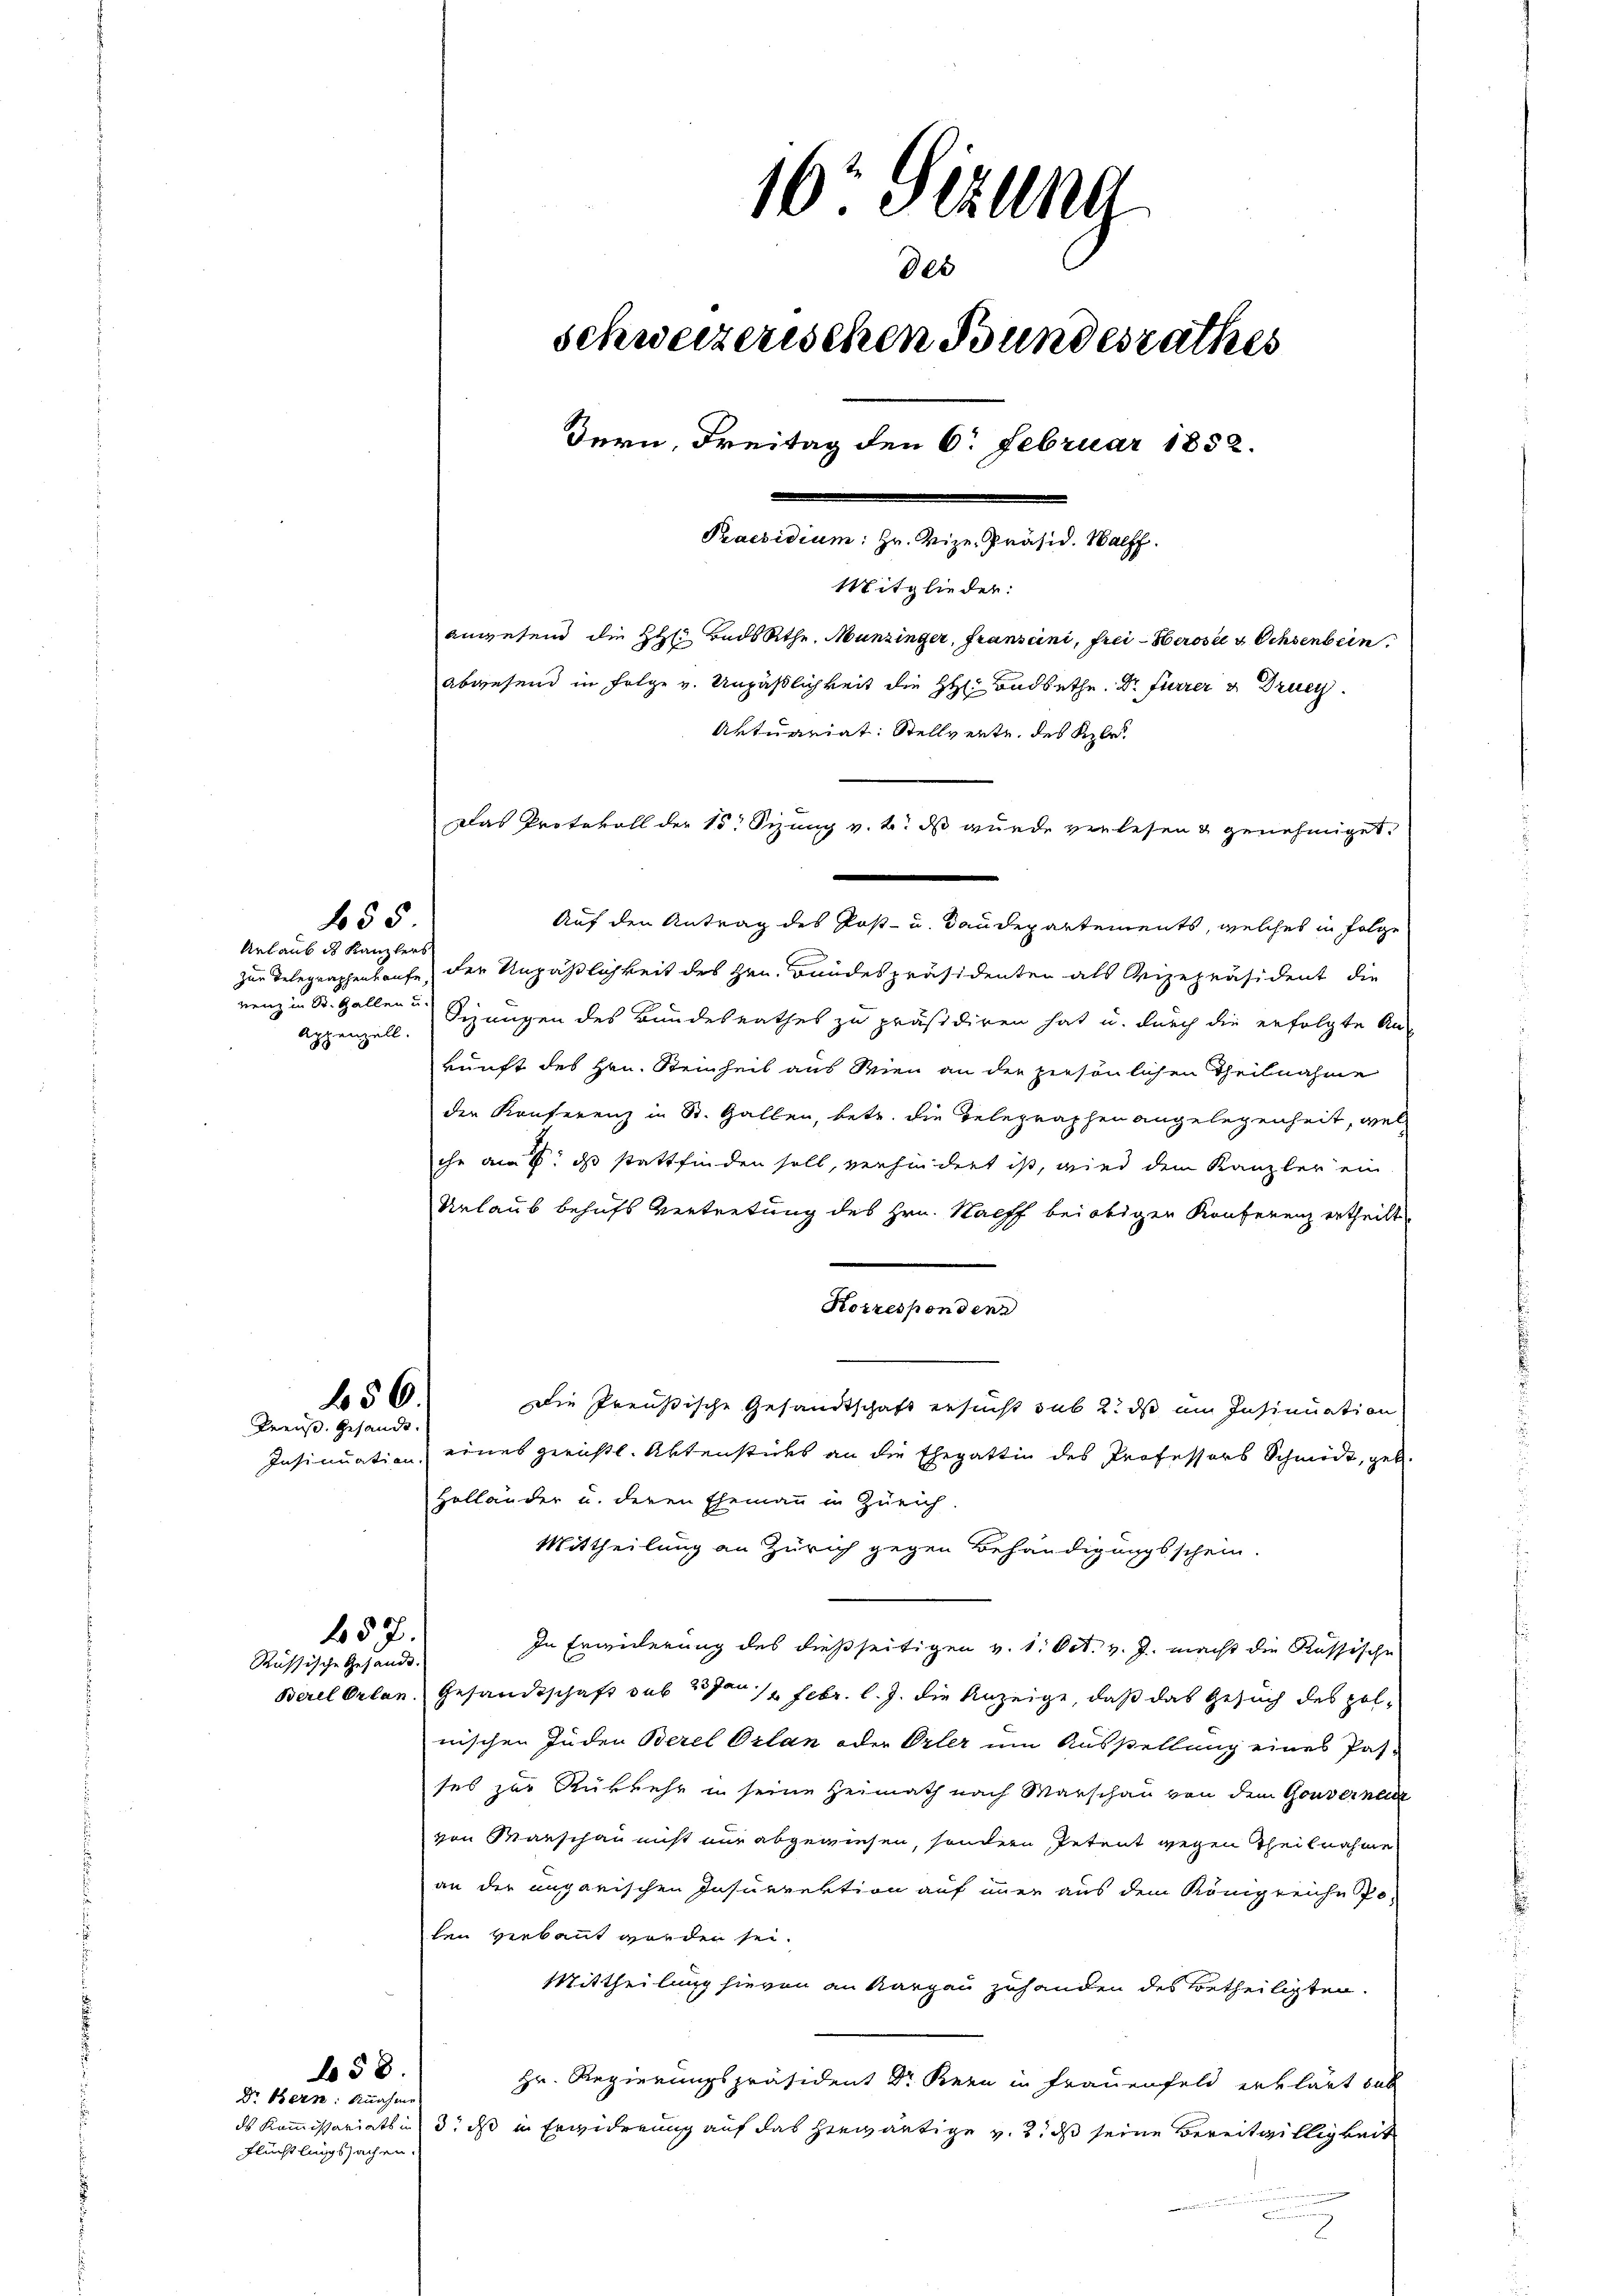
f 55

656.
Kreis. Gesandt.

457.
Russische Gesandt.

b58.

16. Sizung
des
schweizerischen Bundesrathes
Bern, Freitag den 6. Februar 1852.
Praesidium: Hr. Vize-Präsid. Walff.
Mitglieder:
anwesend die HH. BadsRthe, Munzinger, Franscini, frei Herose & Ochsenbein
Abwesend in Folge v. Unpäßlichkeit die HH. Badbethe. Dr Furrer & Druc
Aktuariat: Stellverte, des Kle
Das Protokoll der 15. Sizung v. 2. ds wurde verlesen & genehmiget.

Urlaub des Kanzlers
Appenzell.

Auf den Antrag des Post- u. Baudepartements, welches in Folge
zur Telegraphenkaufe der Unpäßlichkeit des Hrn. Bundespräsidenten als Vizepräsident die
renz in St. Gallen u Sizungen des Bundesrathes zu präsidiren hat u. durch die erfolgte An-
kunft des Hrn. Steinheit aus Wien an der persönlichen Theilnahme
der Konferenz in St. Gallen, betr. die Telegraphen angelegenheit, wel
che am 5. ds stattfinden soll, verhindert ist, wird dem Kanzler ein
Urlaub behufs Vertretung des Hrn. Nach bei obigen Konferenz ertheilt.
Korresponden
Die Preußische Gesandtschaft ersucht sub 2. ds im Insinuation
Insinuation eines gerichtl. Aktenstücks an die Ehegattin des Professors Schmidt, geb.
Holländer u. deren Ehemann in Zürich
Mittheilung an Zürich gegen Behändigungsschein.
In Erwiderung des dießseitigen v. 1. Oct. v. J. macht die Russische
Berel Orlan, Gesandtschaft sub 2 1/2 Febr. l. J. die Anzeige, daß das Gesuch des Zolnischen Juden Berel Orlan oder Orler um Ausstellung eines Pas-
ses zur Rükkehr in seine Heimath nach Marschau von dem Gouvernac
von Marschau nicht nur abgewiesen, sondern, Petent gegen Theilnahme
an der ungarischen Insurrektion auf immer aus dem Königreiche Po-
len verbaut worden sei.
Mittheilung hievon an Margau zuhanden des Betheiligten.
Hr. Regierungspräsident Dr Kern in Frauenfeld erklärt dab
ds Kommissariats in d. das in Erwiderung auf das herwärtige v. 3. ds seine Bereitwilligkeit

Dr. Bern: Annahme
Flüchtlingssachen.